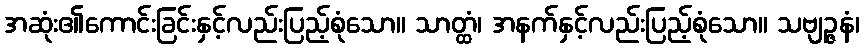
အဆုံး၏ကောင်းခြင်းနှင့်လည်းပြည့်စုံသော။ သာတ္ထံ၊ အနက်နှင့်လည်းပြည့်စုံသော။ သဗျဉ္ဇနံ၊